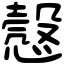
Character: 𢡱